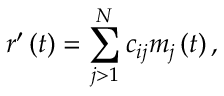
r ^ { \prime } \left( t \right) = \sum _ { j > 1 } ^ { N } c _ { i j } m _ { j } \left( t \right) ,